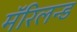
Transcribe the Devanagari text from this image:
मॅरिलन्ड